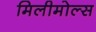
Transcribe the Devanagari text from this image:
मिलीमोल्स